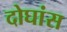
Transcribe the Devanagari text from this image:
दोघांस